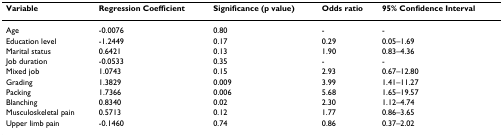
| Variable | Regression Coefficient | Significance (p value) | Odds ratio | 95% Confidence Interval |
 | --- | --- | --- | --- | --- |
 | Age | -0.0076 | 0.80 | - | - |
 | Education level | -1.2449 | 0.17 | 0.29 | 0.05–1.69 |
 | Marital status | 0.6421 | 0.13 | 1.90 | 0.83–4.36 |
 | Job duration | -0.0533 | 0.35 | - | - |
 | Mixed job | 1.0743 | 0.15 | 2.93 | 0.67–12.80 |
 | Grading | 1.3829 | 0.009 | 3.99 | 1.41–11.27 |
 | Packing | 1.7366 | 0.006 | 5.68 | 1.65–19.57 |
 | Blanching | 0.8340 | 0.02 | 2.30 | 1.12–4.74 |
 | Musculoskeletal pain | 0.5713 | 0.12 | 1.77 | 0.86–3.65 |
 | Upper limb pain | -0.1460 | 0.74 | 0.86 | 0.37–2.02 |